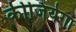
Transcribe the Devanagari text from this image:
कीजियेगा